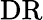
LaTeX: \mathrm{DR}